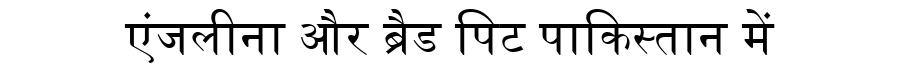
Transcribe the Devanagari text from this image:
एंजलीना और ब्रैड पिट पाकिस्तान में